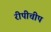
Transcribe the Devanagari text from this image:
रीपीचीप